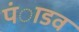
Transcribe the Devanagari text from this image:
पंाडव